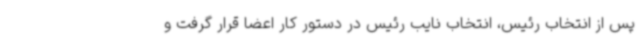
پس از انتخاب رئیس، انتخاب نایب رئیس در دستور کار اعضا قرار گرفت و